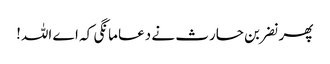
پھر نضر بن حارث نے دعا مانگی کہ اے اللہ!